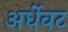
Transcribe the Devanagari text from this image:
अर्धेवट